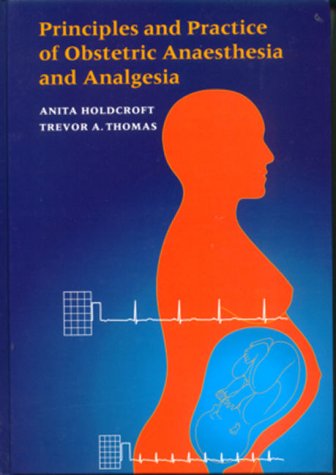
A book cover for Principles and Practice of Obstetric Anaesthesia; A. Holdcroft; Medical Books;